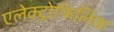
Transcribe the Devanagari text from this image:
एलेक्ट्रोफिलिक